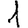
Digit: 1